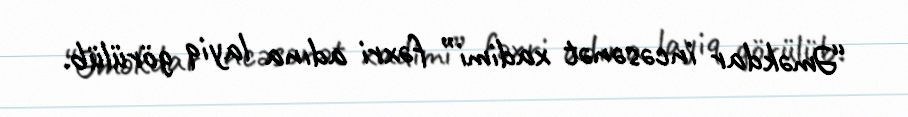
“Əməkdar incəsənət xadimi” fəxri adına layiq görülüb.